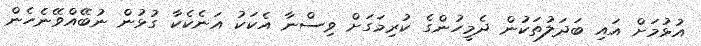
އުޅުމަށް އައި ބަދަލުތަކުން ދެމީހުންގެ ކުރިމަގަށް ވިސްނާ އެކަކު އަނެކެކާ ގުޅުން ނުބޭއްވޭނެހެން